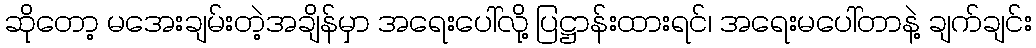
ဆိုတော့ မအေးချမ်းတဲ့အချိန်မှာ အရေးပေါ်လို့ ပြဋ္ဌာန်းထားရင်၊ အရေးမပေါ်တာနဲ့ ချက်ချင်း